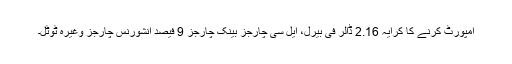
امپورٹ کرنے کا کرایہ 2.16 ڈالر فی بیرل، ایل سی چارجز بینک چارجز 9 فیصد انشورنس چارجز وغیرہ ٹوٹل۔